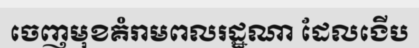
ចេញមុខគំរាមពលរដ្ឋណា ដែលងើប